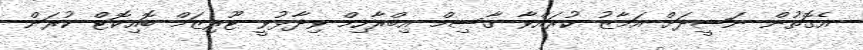
އެގޮތުން ނަޝީދަށް އަމާޒު ކުރައްވާ ޤާސިމް އިބްރާހިމް ވިދާޅުވީ ޓޫރިޒަމް ބޮއިކޮޓް ކުރަން